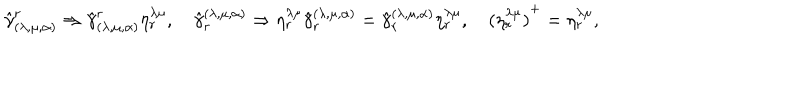
{ \hat { \gamma } } _ { ( \lambda , \mu , \alpha ) } ^ { r } \Rightarrow { \hat { \gamma } } _ { ( \lambda , \mu , \alpha ) } ^ { r } \eta _ { r } ^ { \lambda \mu } , \quad { \hat { \gamma } } _ { r } ^ { ( \lambda , \mu , \alpha ) } \Rightarrow \eta _ { r } ^ { \lambda \mu } { \hat { \gamma } } _ { r } ^ { ( \lambda , \mu , \alpha ) } = { \hat { \gamma } } _ { r } ^ { ( \lambda , \mu , \alpha ) } \eta _ { r } ^ { \lambda \mu } , \quad { ( \eta _ { r } ^ { \lambda \mu } ) } ^ { + } = \eta _ { r } ^ { \lambda \mu } ,